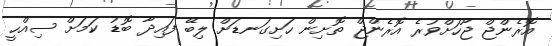
އޮރެންޖް ޖޫހަށްވުރެ އޮރެންޖް ތޮށިން ހަށިގަނޑަށް ލިބޭ ފައިދާ ބޮޑު ކަމަށް ސިއްހީ